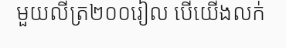
មួយលីត្រ២០០រៀល បើយើងលក់